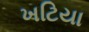
ખટિયા